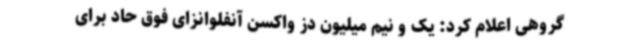
گروهی اعلام کرد: یک و نیم میلیون دز واکسن آنفلوانزای فوق حاد برای